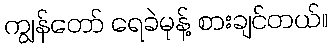
ကျွန်တော် ရေခဲမုန့် စားချင်တယ်။